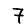
Digit: 7